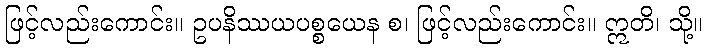
ဖြင့်လည်းကောင်း။ ဥပနိဿယပစ္စယေန စ၊ ဖြင့်လည်းကောင်း။ ဣတိ၊ သို့။